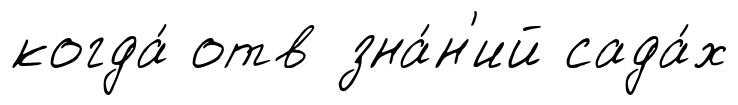
когда́ отв зна́н'ий сада́х